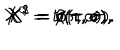
X ^ { 0 } = t ( \tau , \sigma ) , \hspace { 0 . 5 c m } X ^ { 1 } = r ( \tau , \sigma ) , \hspace { 0 . 5 c m } X ^ { 2 } = \theta ( \tau , \sigma ) , \hspace { 0 . 5 c m } X ^ { 3 } = \phi ( \tau , \sigma ) .